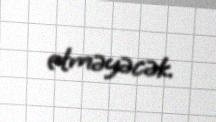
etməyəcək.